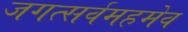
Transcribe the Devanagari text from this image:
जगत्सर्वमहमेव